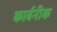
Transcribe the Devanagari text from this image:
कार्बनीक